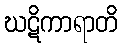
ဃဋိကာရာတိ